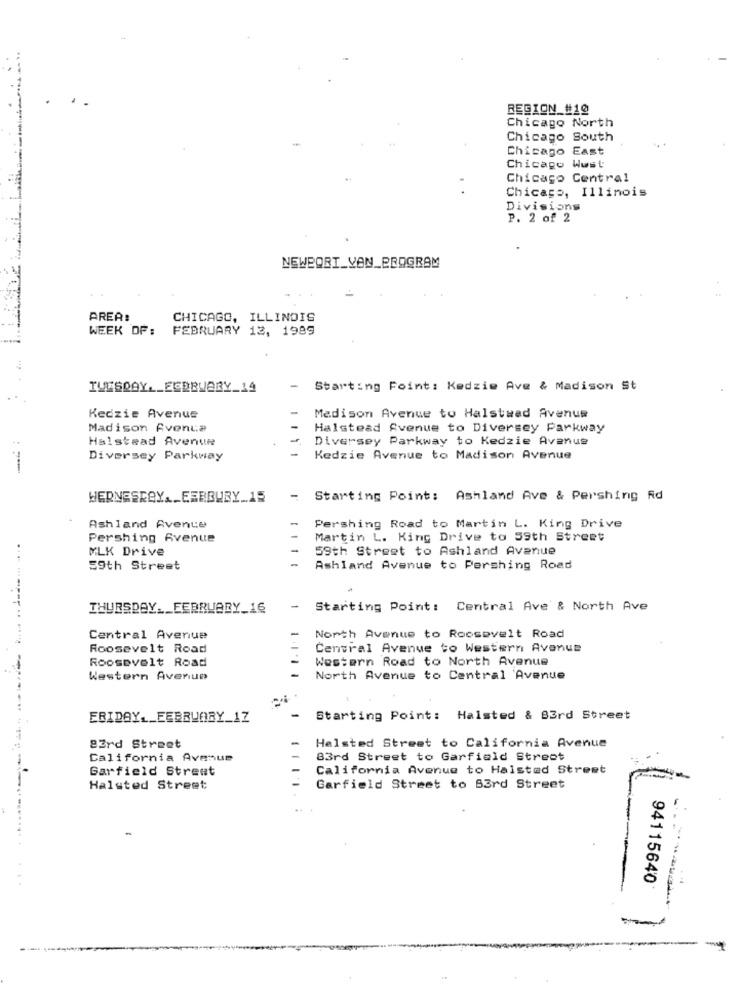
REGION_#10
Chicago North
Chicago South
Chicago East
Chicago Wust
Chicago Central
Chicago, Illinois
Divisions
P. 2 of 2
AREA:
CHICAGO, ILLINOIS
WEEK DF:
FEBRUARY 13, 1989
TUESDAY. _ ECBBUARY_14
Starting Point: Kedzie Ave & Madison St
Kedzie Avenue
Madison Avenue to Halstead Avenue
Madison Avenue
Halstead Avenue to Diversey Parkway
Halstead Avenue
Diversey Parkway to Kedzie Avenue
Diversey Parkway
Kedzie Avenue to Madison Avenue
WERNESREY ._ EERBURY_15
Starting Point: Ashland Ave & Pershing Rd
Ashland Avente
Pershing Road to Martin L. King Drive
Pershing Avenue
Martin L. King Drive to 59th Street
MLK Drive
59th Street to Ashland Avenue
59th Street
Ashland Avenue to Pershing Road
------
THURSDAY ._ FEBRUARY_16
-
Starting Point: Central Ave & North Ave
Central Avenue
North Avenue to Roosevelt Road
Roosevelt Road
Central Avenue to Western Avenue
Roosevelt Road
Western Road to North Avenue
--
Western Avenue
North Avenue to Central Avenue
FRIDAY, FEBRUARY_17
Starting Point: Halsted & 83rd Street
83rd Street
Halsted Street to California Avenue
California Avenue
83rd Street to Garfield Street
Garfield Street
California Avenue to Halsted Street
Halsted Street
Garfield Street to 53rd Street
----
-
94115640